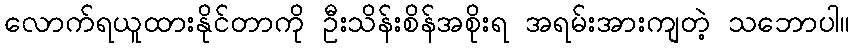
လောက်ရယူထားနိုင်တာကို ဦးသိန်းစိန်အစိုးရ အရမ်းအားကျတဲ့ သဘောပါ။